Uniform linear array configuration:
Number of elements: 48
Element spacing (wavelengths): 0.75
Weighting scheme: hann
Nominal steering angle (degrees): -45
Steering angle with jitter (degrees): -44.799
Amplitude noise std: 0.05
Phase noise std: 0.05

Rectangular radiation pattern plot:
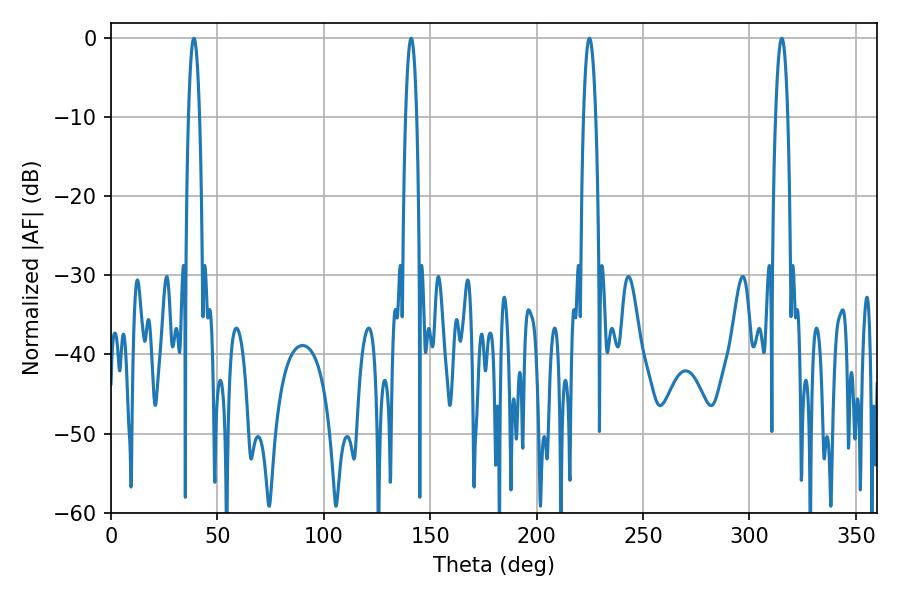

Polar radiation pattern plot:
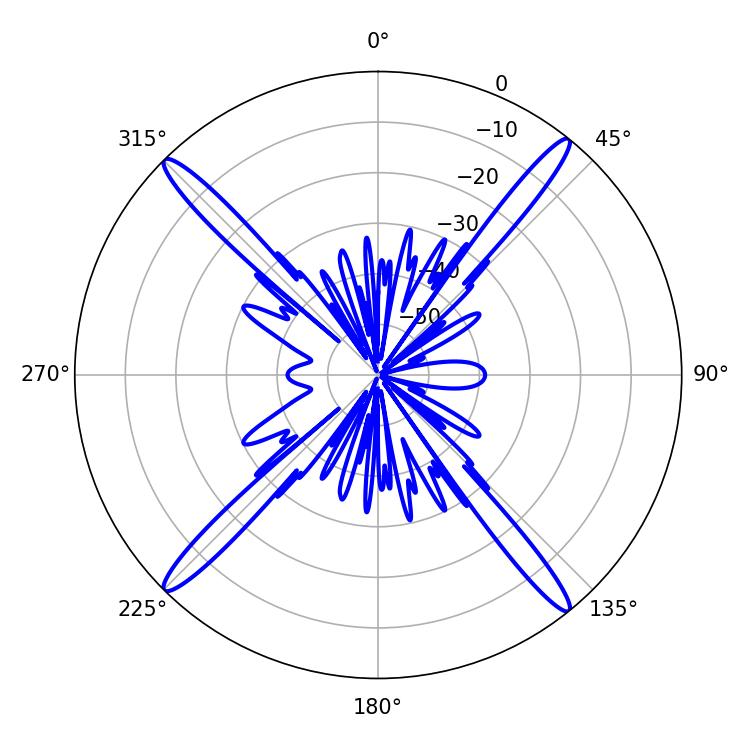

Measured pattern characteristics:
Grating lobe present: TRUE
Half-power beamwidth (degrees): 3.24
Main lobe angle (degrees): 224.82